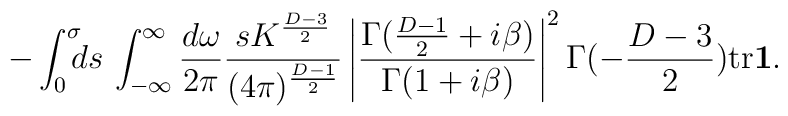
- \int_{0}^{\sigma}\!\!\!ds  \,\int_{-\infty}^{\infty}\frac{d\omega}{2\pi}  \frac{sK^{\frac{D-3}{2}}}{(4\pi)^{\frac{D-1}{2}}}  \left|  \frac{\Gamma(\frac{D-1}{2}+i\beta)}{\Gamma(1+i\beta)}  \right|^{2}\Gamma(-\frac{D-3}{2})\mbox{tr}\mbox{\boldmath$1$}.